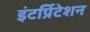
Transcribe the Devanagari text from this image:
इंटर्प्रिटेशन